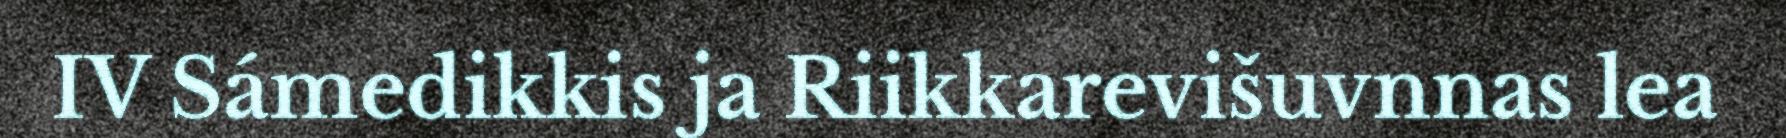
IV Sámedikkis ja Riikkarevišuvnnas lea